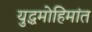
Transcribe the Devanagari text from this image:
युद्धमोहिमांत